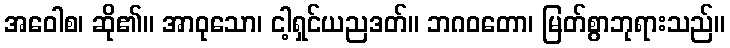
အဝေါစ၊ ဆို၏။ အာဝုသော၊ ငါ့ရှင်ယညဒတ်။ ဘဂဝတော၊ မြတ်စွာဘုရားသည်။